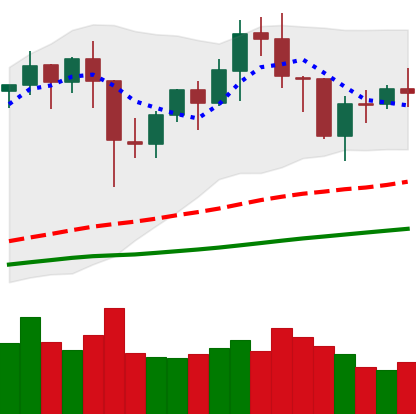
Ticker: BNB-USD
Chart end date: 2021-01-25
Forward return: 7.564%
Label: up_7plus